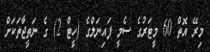
މިރޭ އޮތް 60 މީޓަރުގެ ސެމީ ފައިނަލްގެ (ހީޓް 2) ގެ ނަތީޖާތަކަށް